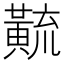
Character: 𱋳